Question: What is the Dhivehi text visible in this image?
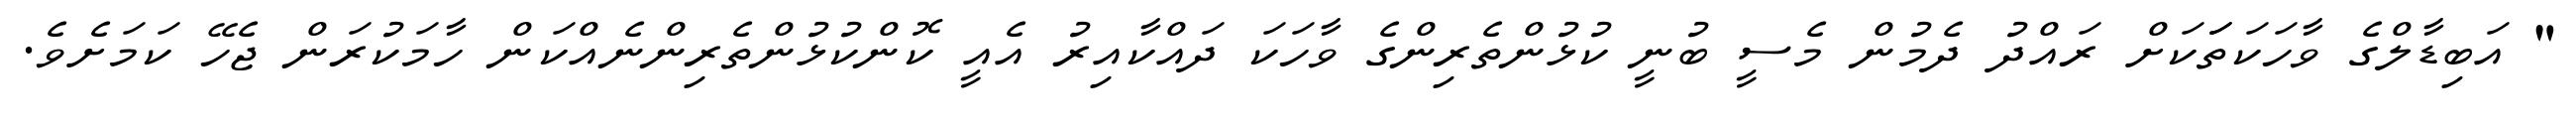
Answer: " އަބިޑާލްގެ ވާހަކަތަަކަށް ރައްދު ދެމުން މެސީ ބުނީ ކުޅުންތެރިންގެ ވާހަކަ ދައްކާއިރު އެއީ ކޮންކުޅުންތެރިންނެއްކަން ހާމަކުރަން ޖެހޭ ކަމަށެވެ.